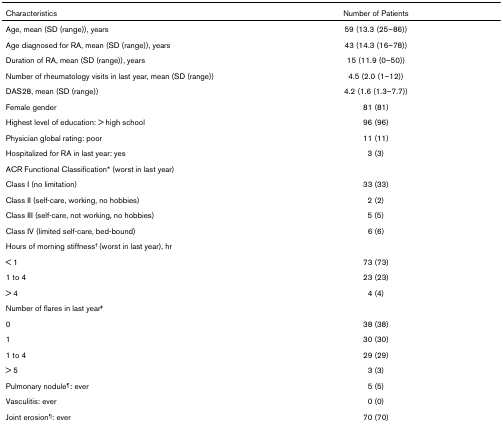
| Characteristics | Number of Patients |
 | --- | --- |
 | Age, mean (SD (range)), years | 59 (13.3 (25–86)) |
 | Age diagnosed for RA, mean (SD (range)), years | 43 (14.3 (16–78)) |
 | Duration of RA, mean (SD (range)), years | 15 (11.9 (0–50)) |
 | Number of rheumatology visits in last year, mean (SD (range)) | 4.5 (2.0 (1–12)) |
 | DAS28, mean (SD (range)) | 4.2 (1.6 (1.3–7.7)) |
 | Female gender | 81 (81) |
 | Highest level of education: > high school | 96 (96) |
 | Physician global rating: poor | 11 (11) |
 | Hospitalized for RA in last year: yes | 3 (3) |
 | ACR Functional Classification* (worst in last year) |  |
 | Class I (no limitation) | 33 (33) |
 | Class II (self-care, working, no hobbies) | 2 (2) |
 | Class III (self-care, not working, no hobbies) | 5 (5) |
 | Class IV (limited self-care, bed-bound) | 6 (6) |
 | Hours of morning stiffness† (worst in last year), hr |  |
 | < 1 | 73 (73) |
 | 1 to 4 | 23 (23) |
 | > 4 | 4 (4) |
 | Number of flares in last year‡ |  |
 | 0 | 38 (38) |
 | 1 | 30 (30) |
 | 1 to 4 | 29 (29) |
 | > 5 | 3 (3) |
 | Pulmonary nodule¶: ever | 5 (5) |
 | Vasculitis: ever | 0 (0) |
 | Joint erosion¶: ever | 70 (70) |